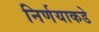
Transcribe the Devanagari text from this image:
निर्णयाकडे